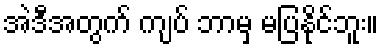
အဲဒီအတွက် ကျပ် ဘာမှ မပြနိုင်ဘူး။